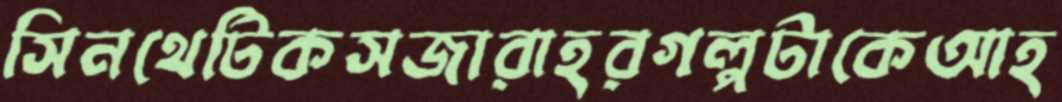
সিনথেটিকসজারাহরগল্পটাকেআহ